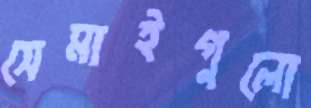
সেমাইগুলো